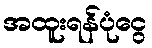
အထူးရန်ပုံငွေ